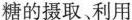
糖的摄取、利用